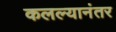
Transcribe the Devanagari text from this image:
कलल्यानंतर